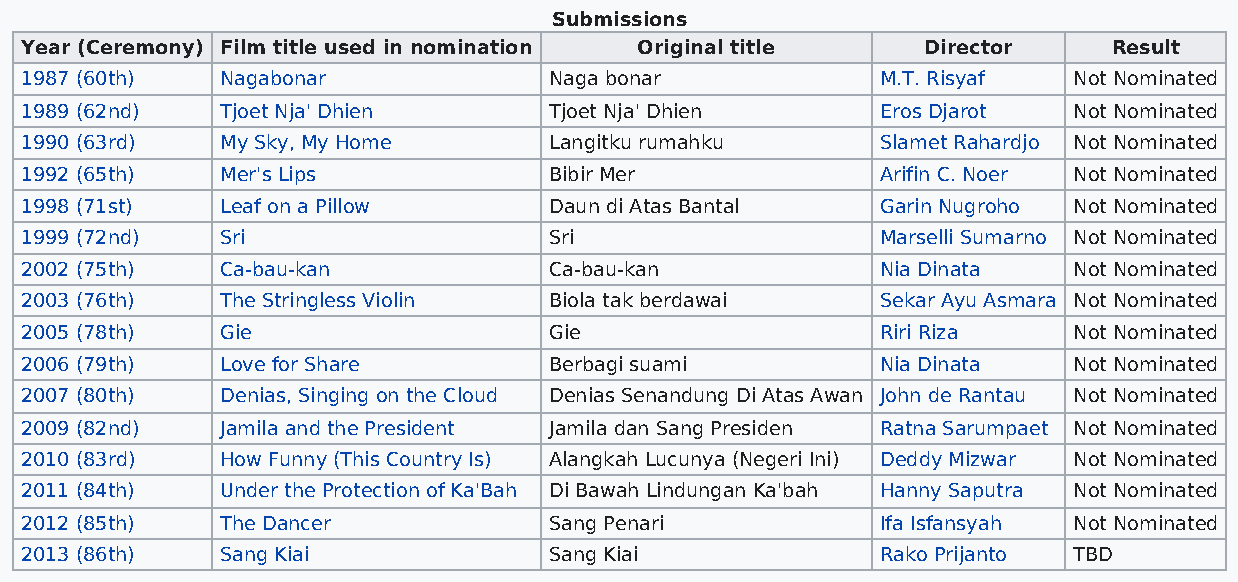
Submissions
 Year (Ceremony) Film title used in nomination Original title Director    Result
 1987 (60th)   Nagabonar            Naga bonar            M.T. Risyaf  Not Nominated
 1989 (62nd)   Tjoet Nja' Dhien     Tjoet Nja' Dhien      Eros Djarot  Not Nominated
 1990 (63rd)   My Sky, My Home      Langitku rumahku      Slamet Rahardjo Not Nominated
 1992 (65th)   Mer's Lips           Bibir Mer             Arifin C. Noer Not Nominated
 1998 (71st)   Leaf on a Pillow     Daun di Atas Bantal   Garin Nugroho Not Nominated
 1999 (72nd)   Sri                  Sri                   Marselli Sumarno Not Nominated
 2002 (75th)   Ca-bau-kan           Ca-bau-kan            Nia Dinata   Not Nominated
 2003 (76th)   The Stringless Violin Biola tak berdawai   Sekar Ayu Asmara Not Nominated
 2005 (78th)   Gie                  Gie                   Riri Riza    Not Nominated
 2006 (79th)   Love for Share       Berbagi suami         Nia Dinata   Not Nominated
 2007 (80th)   Denias, Singing on the Cloud Denias Senandung Di Atas Awan John de Rantau Not Nominated
 2009 (82nd)   Jamila and the President Jamila dan Sang Presiden Ratna Sarumpaet Not Nominated
 2010 (83rd)   How Funny (This Country Is) Alangkah Lucunya (Negeri Ini) Deddy Mizwar Not Nominated
 2011 (84th)   Under the Protection of Ka'Bah Di Bawah Lindungan Ka'bah Hanny Saputra Not Nominated
 2012 (85th)   The Dancer           Sang Penari           Ifa Isfansyah Not Nominated
 2013 (86th)   Sang Kiai            Sang Kiai             Rako Prijanto TBD